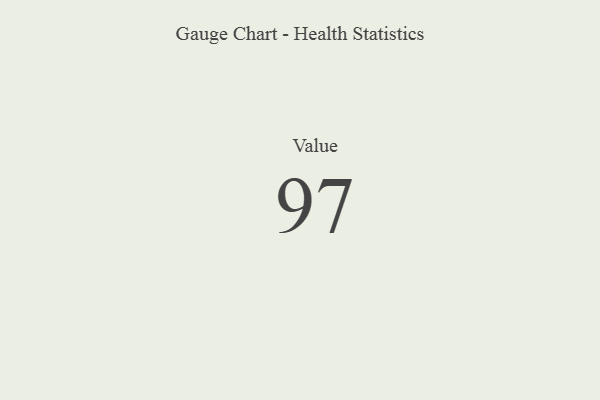
{"axis": {"x": "Metric", "y": "Value"}, "legend": [""], "data": [{"x": "Value", "y": 97, "type": ""}]}